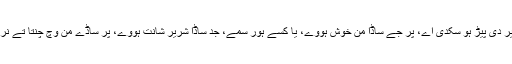
سانوں شریر دی پیڑ ہو سکدی اے، پر جے ساڈا من خوش ہووے، یا کسے ہور سمے، جد ساڈا شریر شانت ہووے، پر ساڈے من وچ چنتا تے نراس ہووے۔